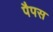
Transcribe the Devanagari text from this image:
पैपस